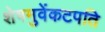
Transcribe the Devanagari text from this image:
शेषमुवेंकटपति